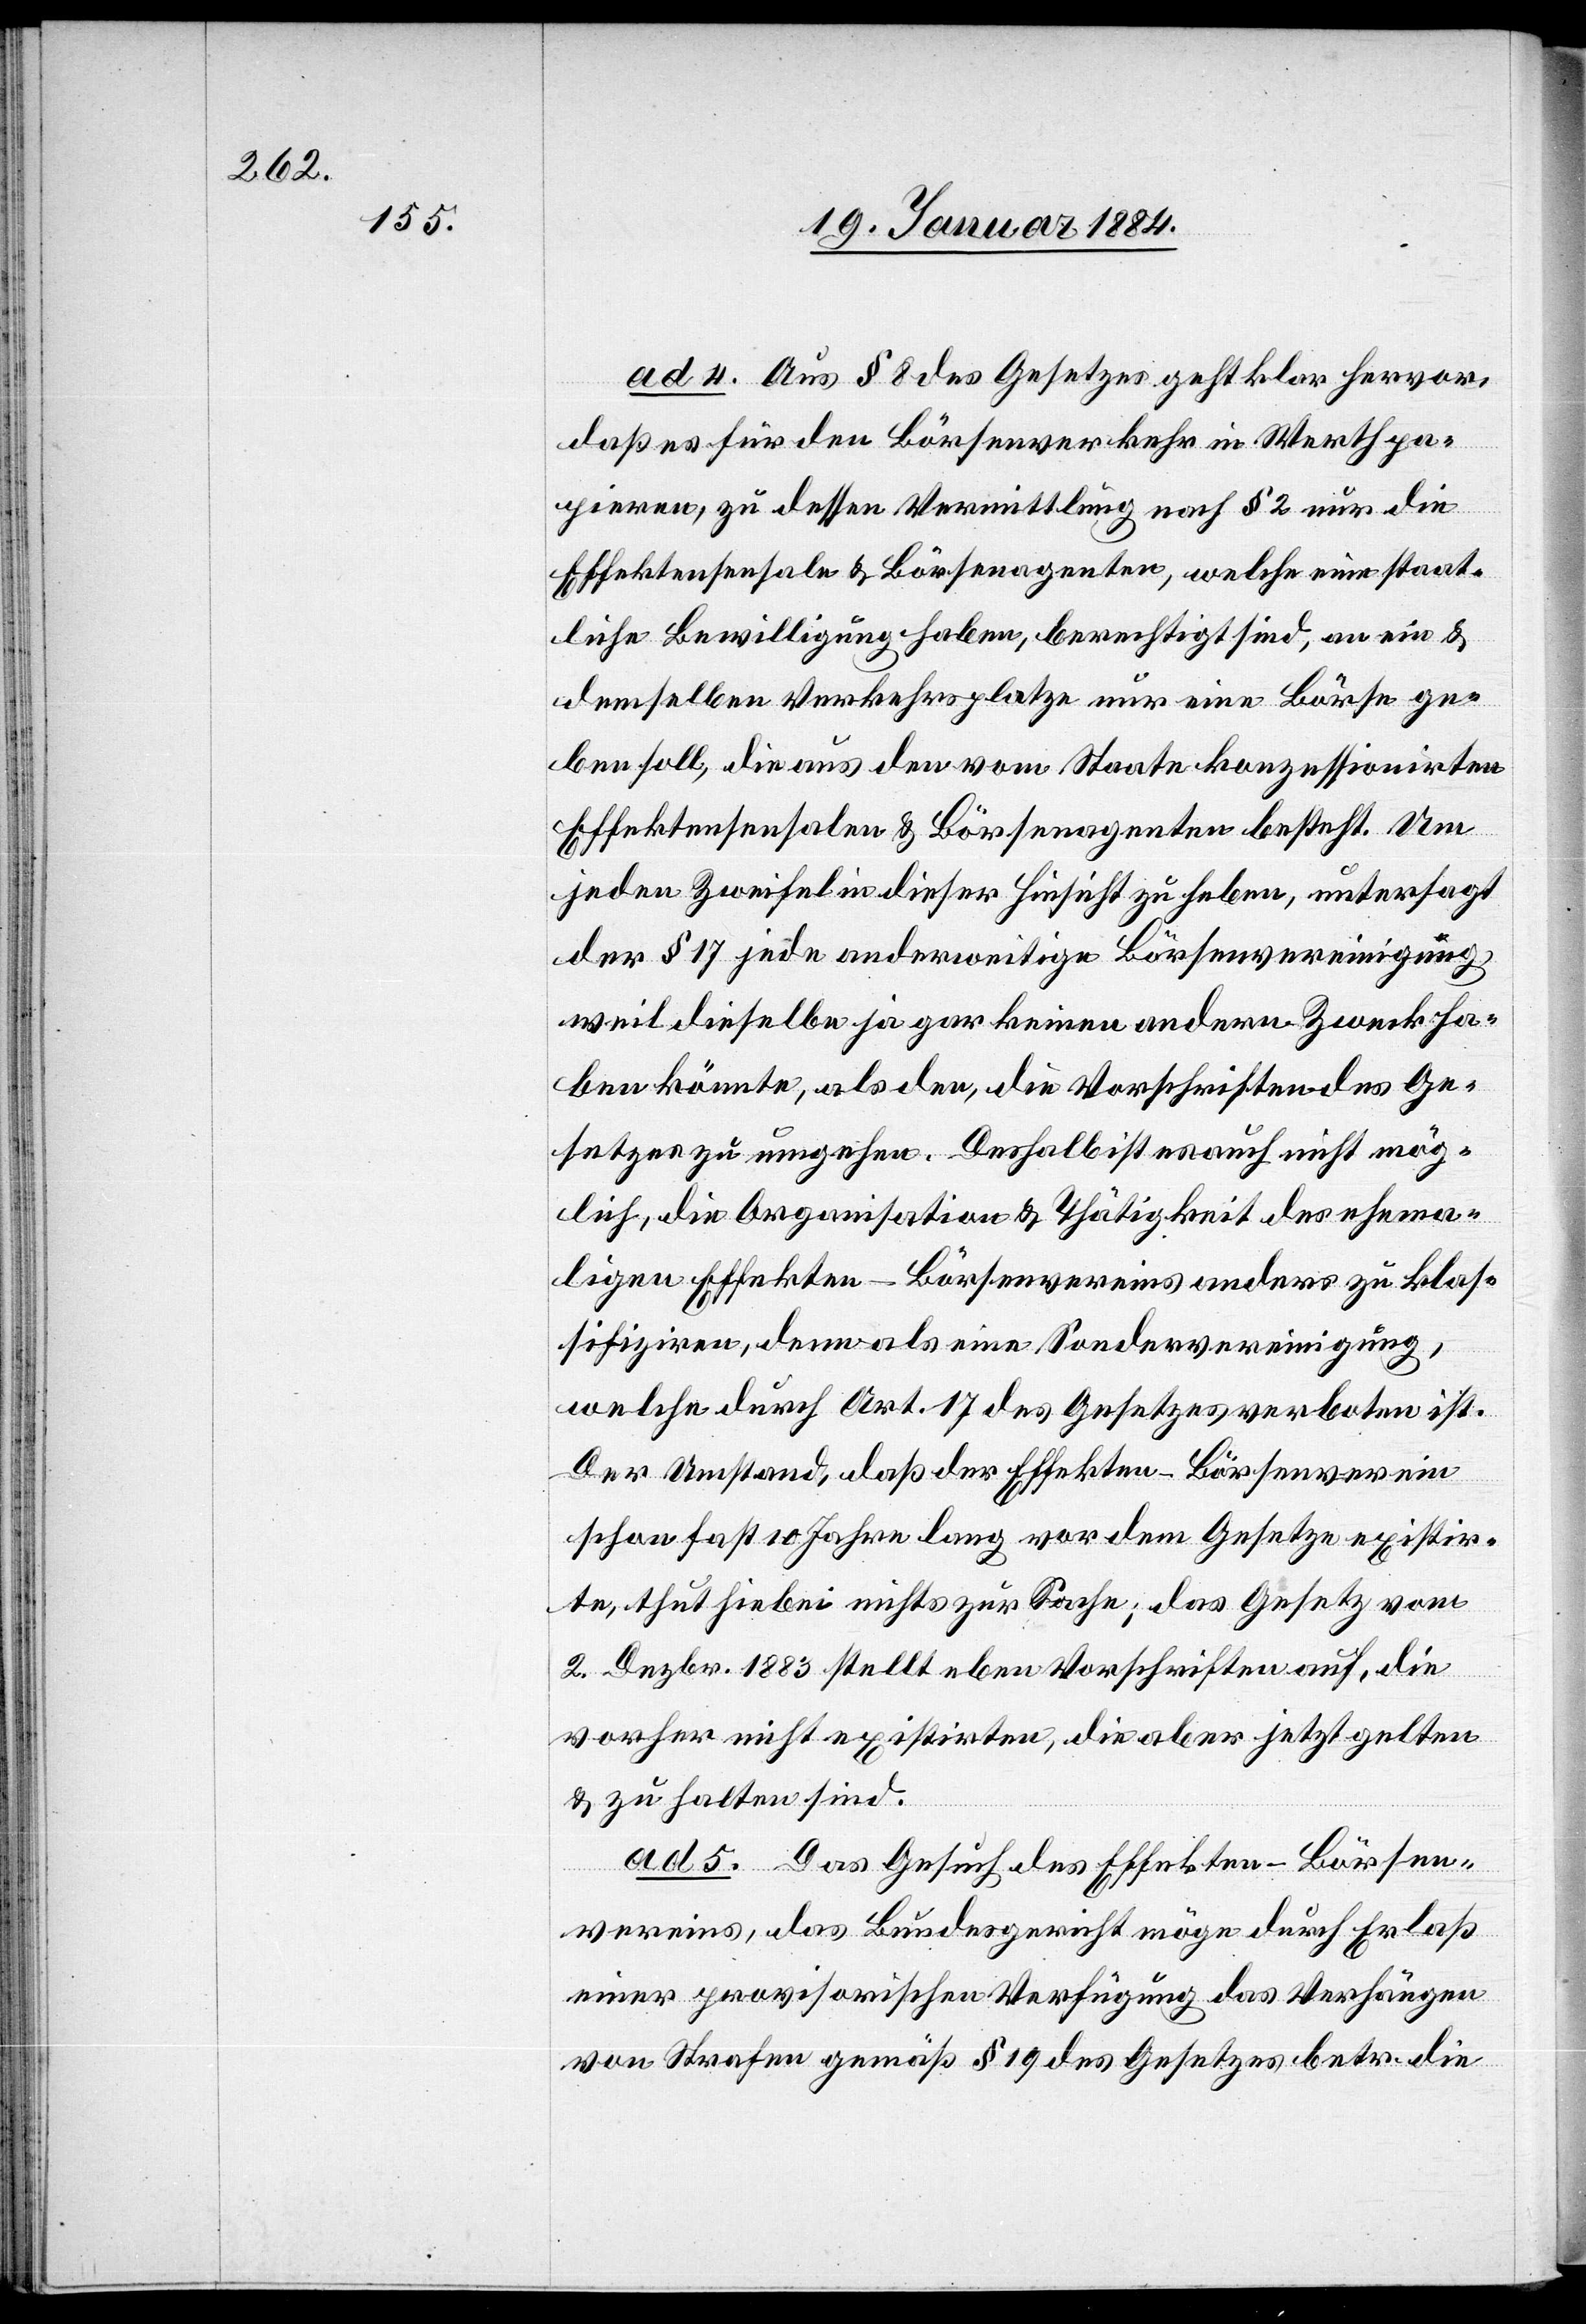
ad 4. Aus § 8 des Gesetzes geht klar hervor,
daß es für den Börsenverkehr in Werthpa¬
pieren, zu dessen Vermittlung nach § 2 nur die
Effektensensale & Börsenagenten, welche eine staat¬
liche Bewilligung haben, berechtigt sind, an ein &
demselben Verkehrsplatze nur eine Börse ge¬
ben soll, die aus den vom Staate konzessionirten
Effektensensalen & Börsenagenten besteht. Um
jeden Zweifel in dieser Hinsicht zu heben, untersagt
der § 17 jede anderweitige Börsenvereinigung,
weil dieselbe gar keinen anderen Zweck ha¬
ben könnte, als den, die Vorschriften des Ge¬
setzes zu umgehen. Deshalb ist es auch nicht mög¬
lich, die Organisation & Thätigkeit des ehema¬
ligen Effekten-Börsenvereins anders zu klas¬
sifizieren, denn als eine Sondervereinigung,
welche durch Art. 17 des Gesetzes verboten ist.
Der Umstand, daß der Effekten-Börsenverein
schon fast 10 Jahre lang vor dem Gesetze existir¬
te, thut hiebei nichts zur Sache; das Gesetz vom
2. Dezbr. 1883 stellt eben Vorschriften auf, die
vorher nicht existirten, die aber jetzt gelten
& zu halten sind.
ad. 5. Das Gesuch des Effekten-Börsen¬
vereins, das Bundesgericht möge durch Erlaß
einer provisorischen Verfügung das Verhängen
von Strafen gemäß § 19 des Gesetzes betr. die